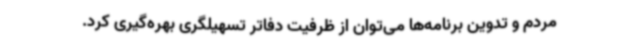
مردم و تدوین برنامه‌ها می‌توان از ظرفیت دفاتر تسهیلگری بهره‌گیری کرد.